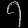
Digit: ၇